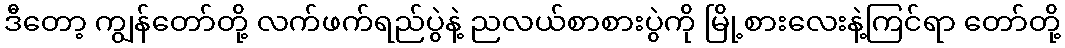
ဒီတော့ ကျွန်တော်တို့ လက်ဖက်ရည်ပွဲနဲ့ ညလယ်စာစားပွဲကို မြို့စားလေးနဲ့ကြင်ရာ တော်တို့